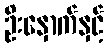
ဦးနှောက်နှင့်